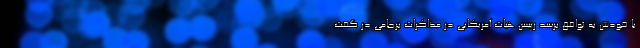
با خودش به توافق برسد رییس هیات آمریکایی در مذاکرات برجامی در گفت